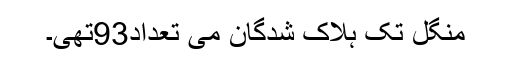
منگل تک ہلاک شدگان می تعداد93تھی۔